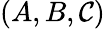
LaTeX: (A,B,\mathcal{C})